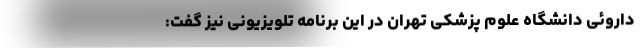
داروئی دانشگاه علوم پزشکی تهران در این برنامه تلویزیونی نیز گفت: